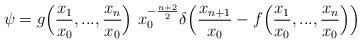
LaTeX: \begin{align*} \psi=g\Big(\frac{x_1}{x_0},...,\frac{x_n}{x_0}\Big)~x_0^{-\frac{n+2}{2}}\delta\Big(\frac{x_{n+1}}{x_0}-f\Big(\frac{x_1}{x_0},...,\frac{x_n}{x_0}\Big)\Big) \end{align*}